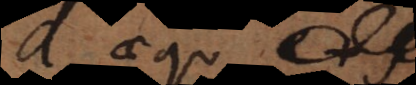
d aequ.